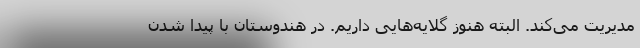
مدیریت می‌کند. البته هنوز گلایه‌هایی داریم. در هندوستان با پیدا شدن